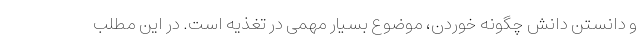
و دانستن دانش چگونه خوردن، موضوع بسیار مهمی در تغذیه است. در این مطلب